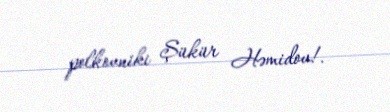
polkovniki Şükür Həmidov!.